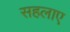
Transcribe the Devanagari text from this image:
सहलाए